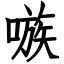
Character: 嗾